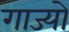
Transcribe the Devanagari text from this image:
गाज्यो